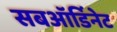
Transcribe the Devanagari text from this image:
सबऑर्डिनेट